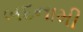
બદનામી